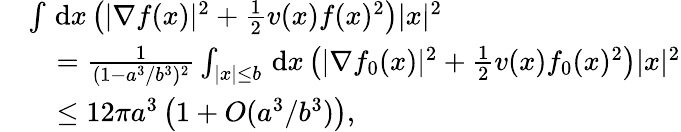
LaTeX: \begin{array}{rl}&{\int\, \textnormal{d}x\left(|\nabla f(x)|^{2}+\frac{1}{2}v(x)f(x)^{2}\right)|x|^{2}}\\ &{\quad=\frac{1}{(1-a^{3}/b^{3})^{2}}\int_{|x|\leq b}\, \textnormal{d}x\left(|\nabla f_{0}(x)|^{2}+\frac{1}{2}v(x)f_{0}(x)^{2}\right)|x|^{2}}\\ &{\quad\leq 12\pi a^{3}\left(1+O(a^{3}/b^{3})\right),}\end{array}